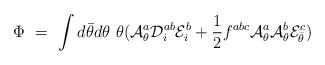
LaTeX: \begin{align*}\Phi \ = \ \int d\bar\theta d\theta \ \theta ({\cal A}^a_\theta {\cal D}^{ab}_i {\cal E}^b_i + \frac{1}{2} f^{abc} {\cal A}^a_\theta {\cal A}^b_\theta {\cal E}^c_{\bar\theta} )\end{align*}